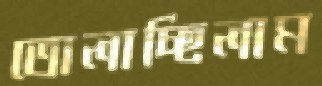
তোলাচ্ছিলাম